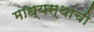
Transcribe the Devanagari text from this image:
माध्यस्थाची